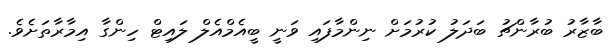
ބާޒާރު ބުރާންޗު ބަދަލު ކުރުމަށް ނިންމާފައި ވަނީ ބީއެމްއެލް ލައިޓް ހިންގާ އިމާރާތަށެވެ.